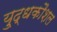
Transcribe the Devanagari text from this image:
यु्द्धकौशल